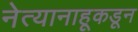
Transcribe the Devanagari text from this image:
नेत्यानाहूकडून